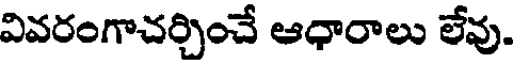
వివరంగాచర్చించే ఆధారాలు లేవు.